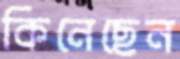
কিনেছেন